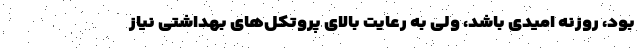
بود، روزنه امیدی باشد، ولی به رعایت بالای پروتکل‌های بهداشتی نیاز